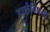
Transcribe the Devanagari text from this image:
इच्छेविषयी